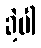
ခဲ့ပါ